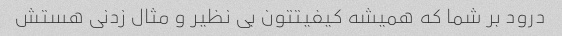
درود بر شما که همیشه کیفیتتون بی نظیر و مثال زدنی هستش